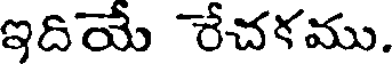
ఇదియే రేచకము.